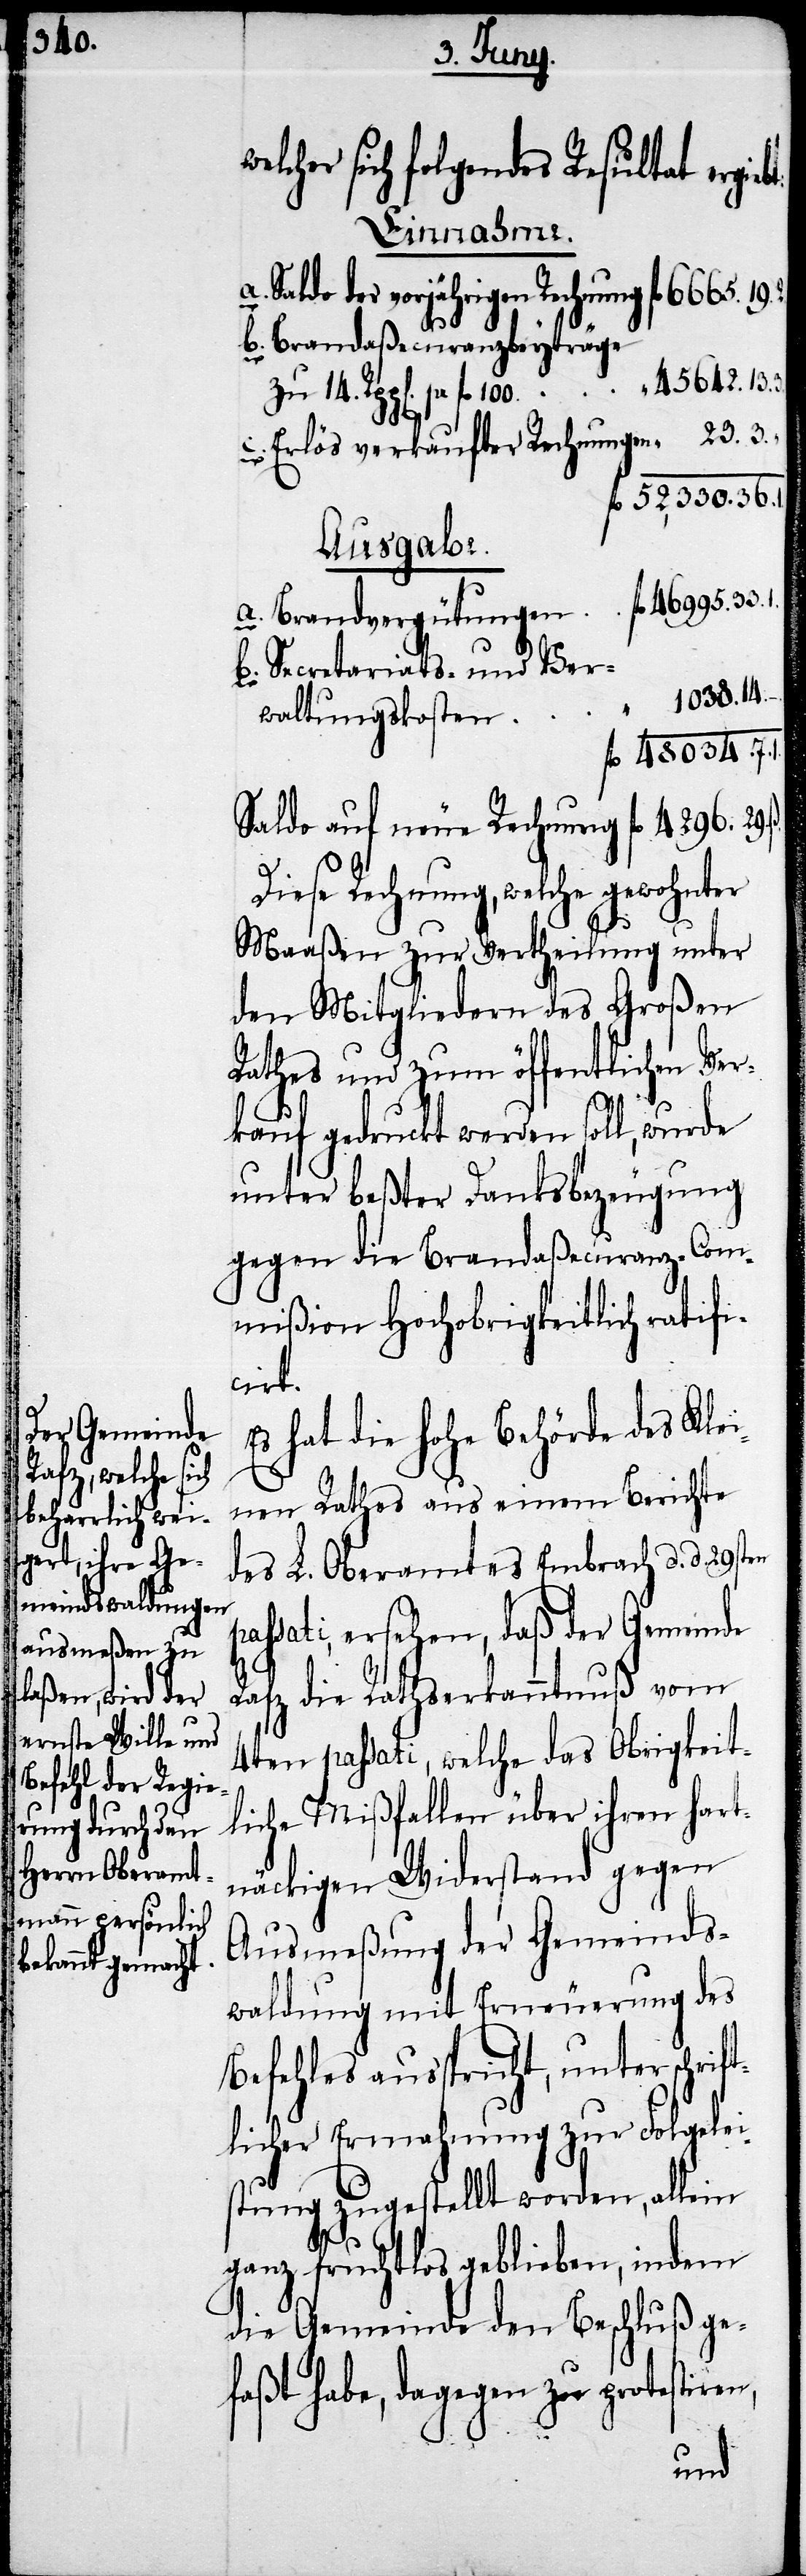
Mitgliedern des

lcher sich folgendes Resultat erg¬
en pas¬
a. Saldo der vorjährigen Rechnung
33.
b. Brandaßecuranzbeyträge
c. Erlös verkaufter Rechnungen				" 23.
fl. 52,330.36.1.
Ausgabe.
b. Secretariats- und Ver¬
waltungskoste¬
fl. 48034. 7.
Saldo auf neue Rechnung
Diese Rechnung, welche gewohnter
Maaßen zur Vertheilung unter
Rathes und zum öffentlichen Ver¬
1.
kauf gedruckt werden soll, wurde
gegen die Brandaßecuranz-Com¬
mißion Hochobrigkeitlich ratifi¬
cirt.
Es hat die hohe Behörde des Klei¬
nen Rathes aus einem Berichte
des L. Oberamtes Embrach d. d. 29st¬
sati, ersehen, daß der Gemeinde
Rafz die Rathserkanntnuß vom
4ten passati, welche das Obrigkeit¬
liche Mißfallen über ihren hart¬
näckigen Widerstand gegen
Ausmeßung der Gemeinds¬
waldung mit Erneuerung des
Befehles ausspricht, unterschrift¬
licher Ermahnung zur Folgelei¬
stung zugestellt worden, allein
ganz fruchtlos geblieben, indem
die Gemeinde den Beschluß ge¬
faßt habe, dagegen zu protestir¬
en,